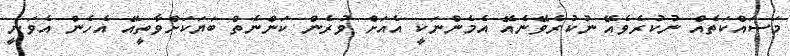
މަސައްކަތެެއް ނުކުރެވެއޭ ނުކުރެވޭނެއޭ އެމެންނަކީ އެއަށް ވުރެން ކަންނެތް ބަޔަކަށްވާތީއޭ އެހެން އެވަނީ